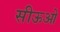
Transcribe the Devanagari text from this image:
सीऊओ